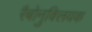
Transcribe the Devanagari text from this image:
रैबोनुक्लियक